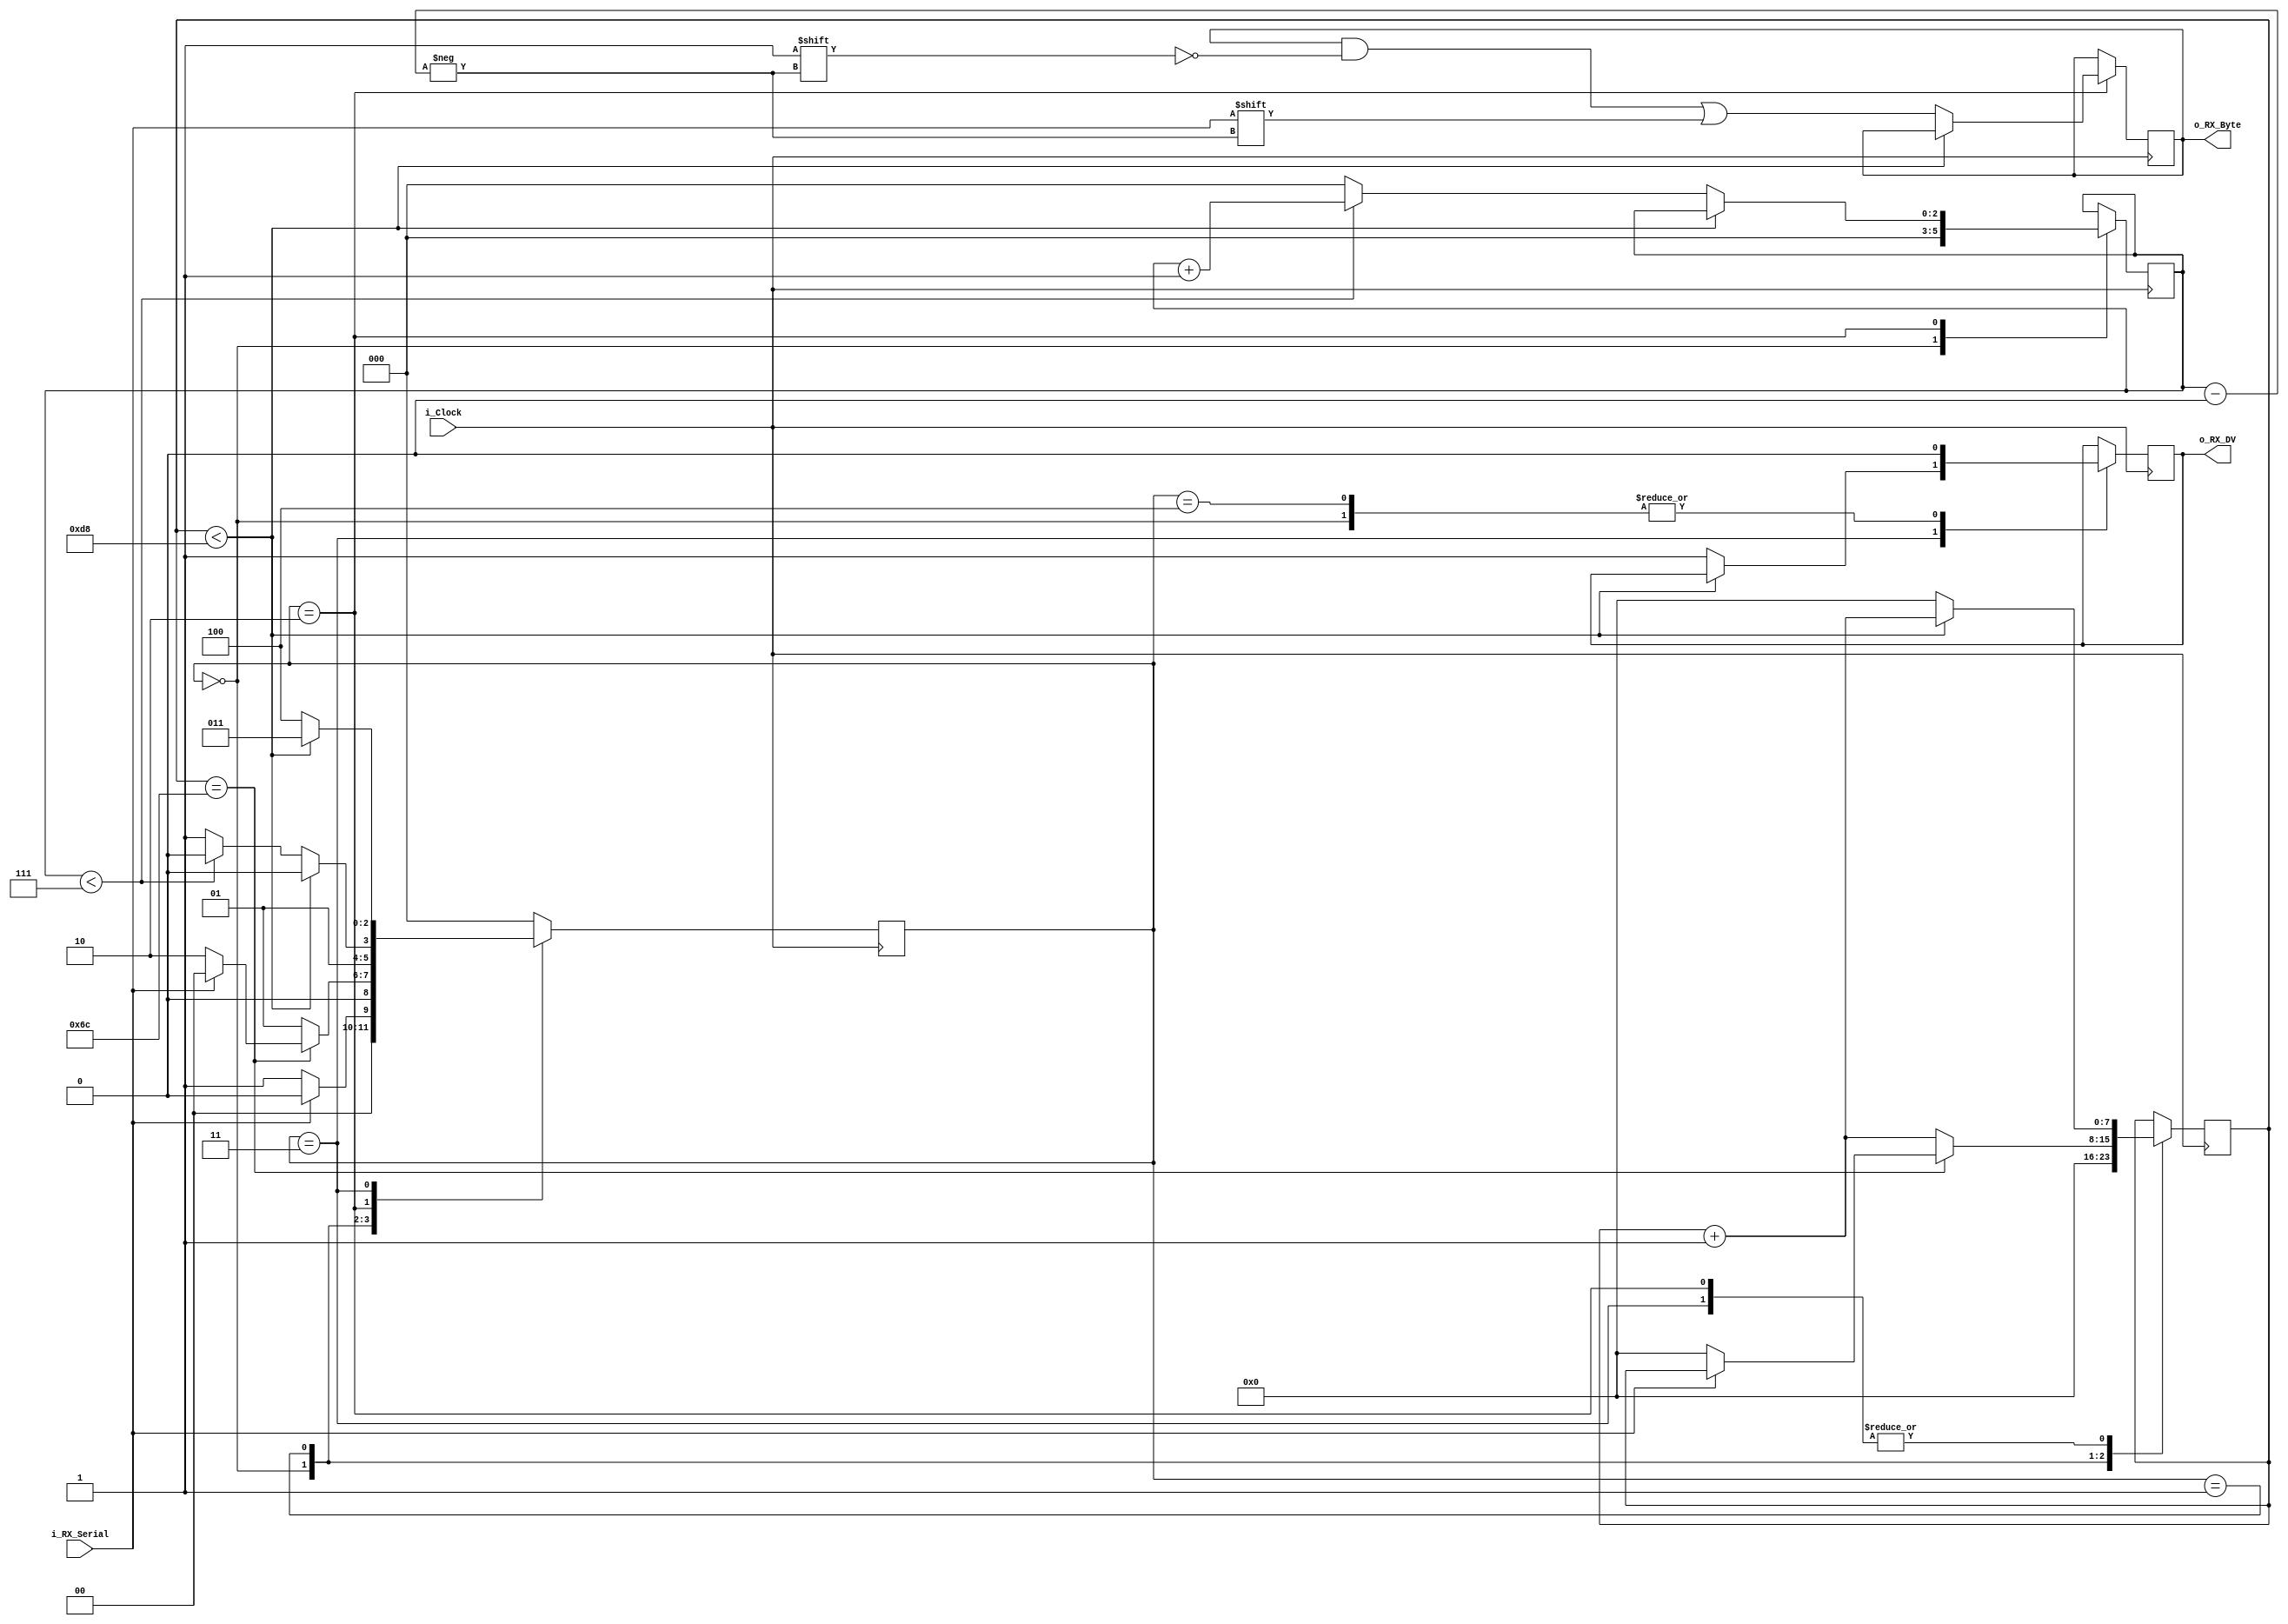
`timescale 1ns / 1ps
//////////////////////////////////////////////////////////////////////////////////
// Company: 
// Engineer: 
// 
// Design Name: 
// Module Name: UART_RX
// Project Name: 
// Target Devices: 
// Tool Versions: 
// Description: 
// 
// Dependencies: 
// 
// Revision:
// Revision 0.01 - File Created
// Additional Comments:
// 
//////////////////////////////////////////////////////////////////////////////////

/////////////////////////////////////////////////////////////////////
// File Downloaded from http://www.nandland.com
/////////////////////////////////////////////////////////////////////
// This file contains the UART Receiver.  This receiver is able to
// receive 8 bits of serial data, one start bit, one stop bit,
// and no parity bit.  When receive is complete o_rx_dv will be
// driven high for one clock cycle.
// 
// Set Parameter CLKS_PER_BIT as follows:
// CLKS_PER_BIT = (Frequency of i_Clock)/(Frequency of UART)
// Example: 25 MHz Clock, 115200 baud UART
// (25000000)/(115200) = 217
 
module UART_RX
  #(parameter CLKS_PER_BIT = 217)
  (
   input        i_Clock,
   input        i_RX_Serial,
   output       o_RX_DV,
   output [7:0] o_RX_Byte
   );
   
  parameter IDLE         = 3'b000;
  parameter RX_START_BIT = 3'b001;
  parameter RX_DATA_BITS = 3'b010;
  parameter RX_STOP_BIT  = 3'b011;
  parameter CLEANUP      = 3'b100;
  
  reg [7:0]     r_Clock_Count = 0;
  reg [2:0]     r_Bit_Index   = 0; //8 bits total
  reg [7:0]     r_RX_Byte     = 0;
  reg           r_RX_DV       = 0;
  reg [2:0]     r_SM_Main     = 0;
  
  
  // Purpose: Control RX state machine
  always @(posedge i_Clock)
  begin
      
    case (r_SM_Main)
      IDLE :
        begin
          r_RX_DV       <= 1'b0;
          r_Clock_Count <= 0;
          r_Bit_Index   <= 0;
          
          if (i_RX_Serial == 1'b0)          // Start bit detected
            r_SM_Main <= RX_START_BIT;
          else
            r_SM_Main <= IDLE;
        end
      
      // Check middle of start bit to make sure it's still low
      RX_START_BIT :
        begin
          if (r_Clock_Count == (CLKS_PER_BIT-1)/2)
          begin
            if (i_RX_Serial == 1'b0)
            begin
              r_Clock_Count <= 0;  // reset counter, found the middle
              r_SM_Main     <= RX_DATA_BITS;
            end
            else
              r_SM_Main <= IDLE;
          end
          else
          begin
            r_Clock_Count <= r_Clock_Count + 1;
            r_SM_Main     <= RX_START_BIT;
          end
        end // case: RX_START_BIT
      
      
      // Wait CLKS_PER_BIT-1 clock cycles to sample serial data
      RX_DATA_BITS :
        begin
          if (r_Clock_Count < CLKS_PER_BIT-1)
          begin
            r_Clock_Count <= r_Clock_Count + 1;
            r_SM_Main     <= RX_DATA_BITS;
          end
          else
          begin
            r_Clock_Count          <= 0;
            r_RX_Byte[r_Bit_Index] <= i_RX_Serial;
            
            // Check if we have received all bits
            if (r_Bit_Index < 7)
            begin
              r_Bit_Index <= r_Bit_Index + 1;
              r_SM_Main   <= RX_DATA_BITS;
            end
            else
            begin
              r_Bit_Index <= 0;
              r_SM_Main   <= RX_STOP_BIT;
            end
          end
        end // case: RX_DATA_BITS
      
      
      // Receive Stop bit.  Stop bit = 1
      RX_STOP_BIT :
        begin
          // Wait CLKS_PER_BIT-1 clock cycles for Stop bit to finish
          if (r_Clock_Count < CLKS_PER_BIT-1)
          begin
            r_Clock_Count <= r_Clock_Count + 1;
     	    r_SM_Main     <= RX_STOP_BIT;
          end
          else
          begin
       	    r_RX_DV       <= 1'b1;
            r_Clock_Count <= 0;
            r_SM_Main     <= CLEANUP;
          end
        end // case: RX_STOP_BIT
      
      
      // Stay here 1 clock
      CLEANUP :
        begin
          r_SM_Main <= IDLE;
          r_RX_DV   <= 1'b0;
        end
      
      
      default :
        r_SM_Main <= IDLE;
      
    endcase
  end    
  
  assign o_RX_DV   = r_RX_DV;
  assign o_RX_Byte = r_RX_Byte;
  
endmodule // UART_RX